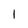
Character: I